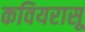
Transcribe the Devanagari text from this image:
कवियरासू